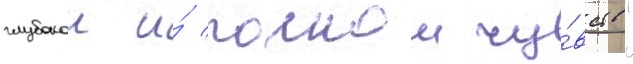
глубокои и́ полнои чу́вств"